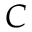
C